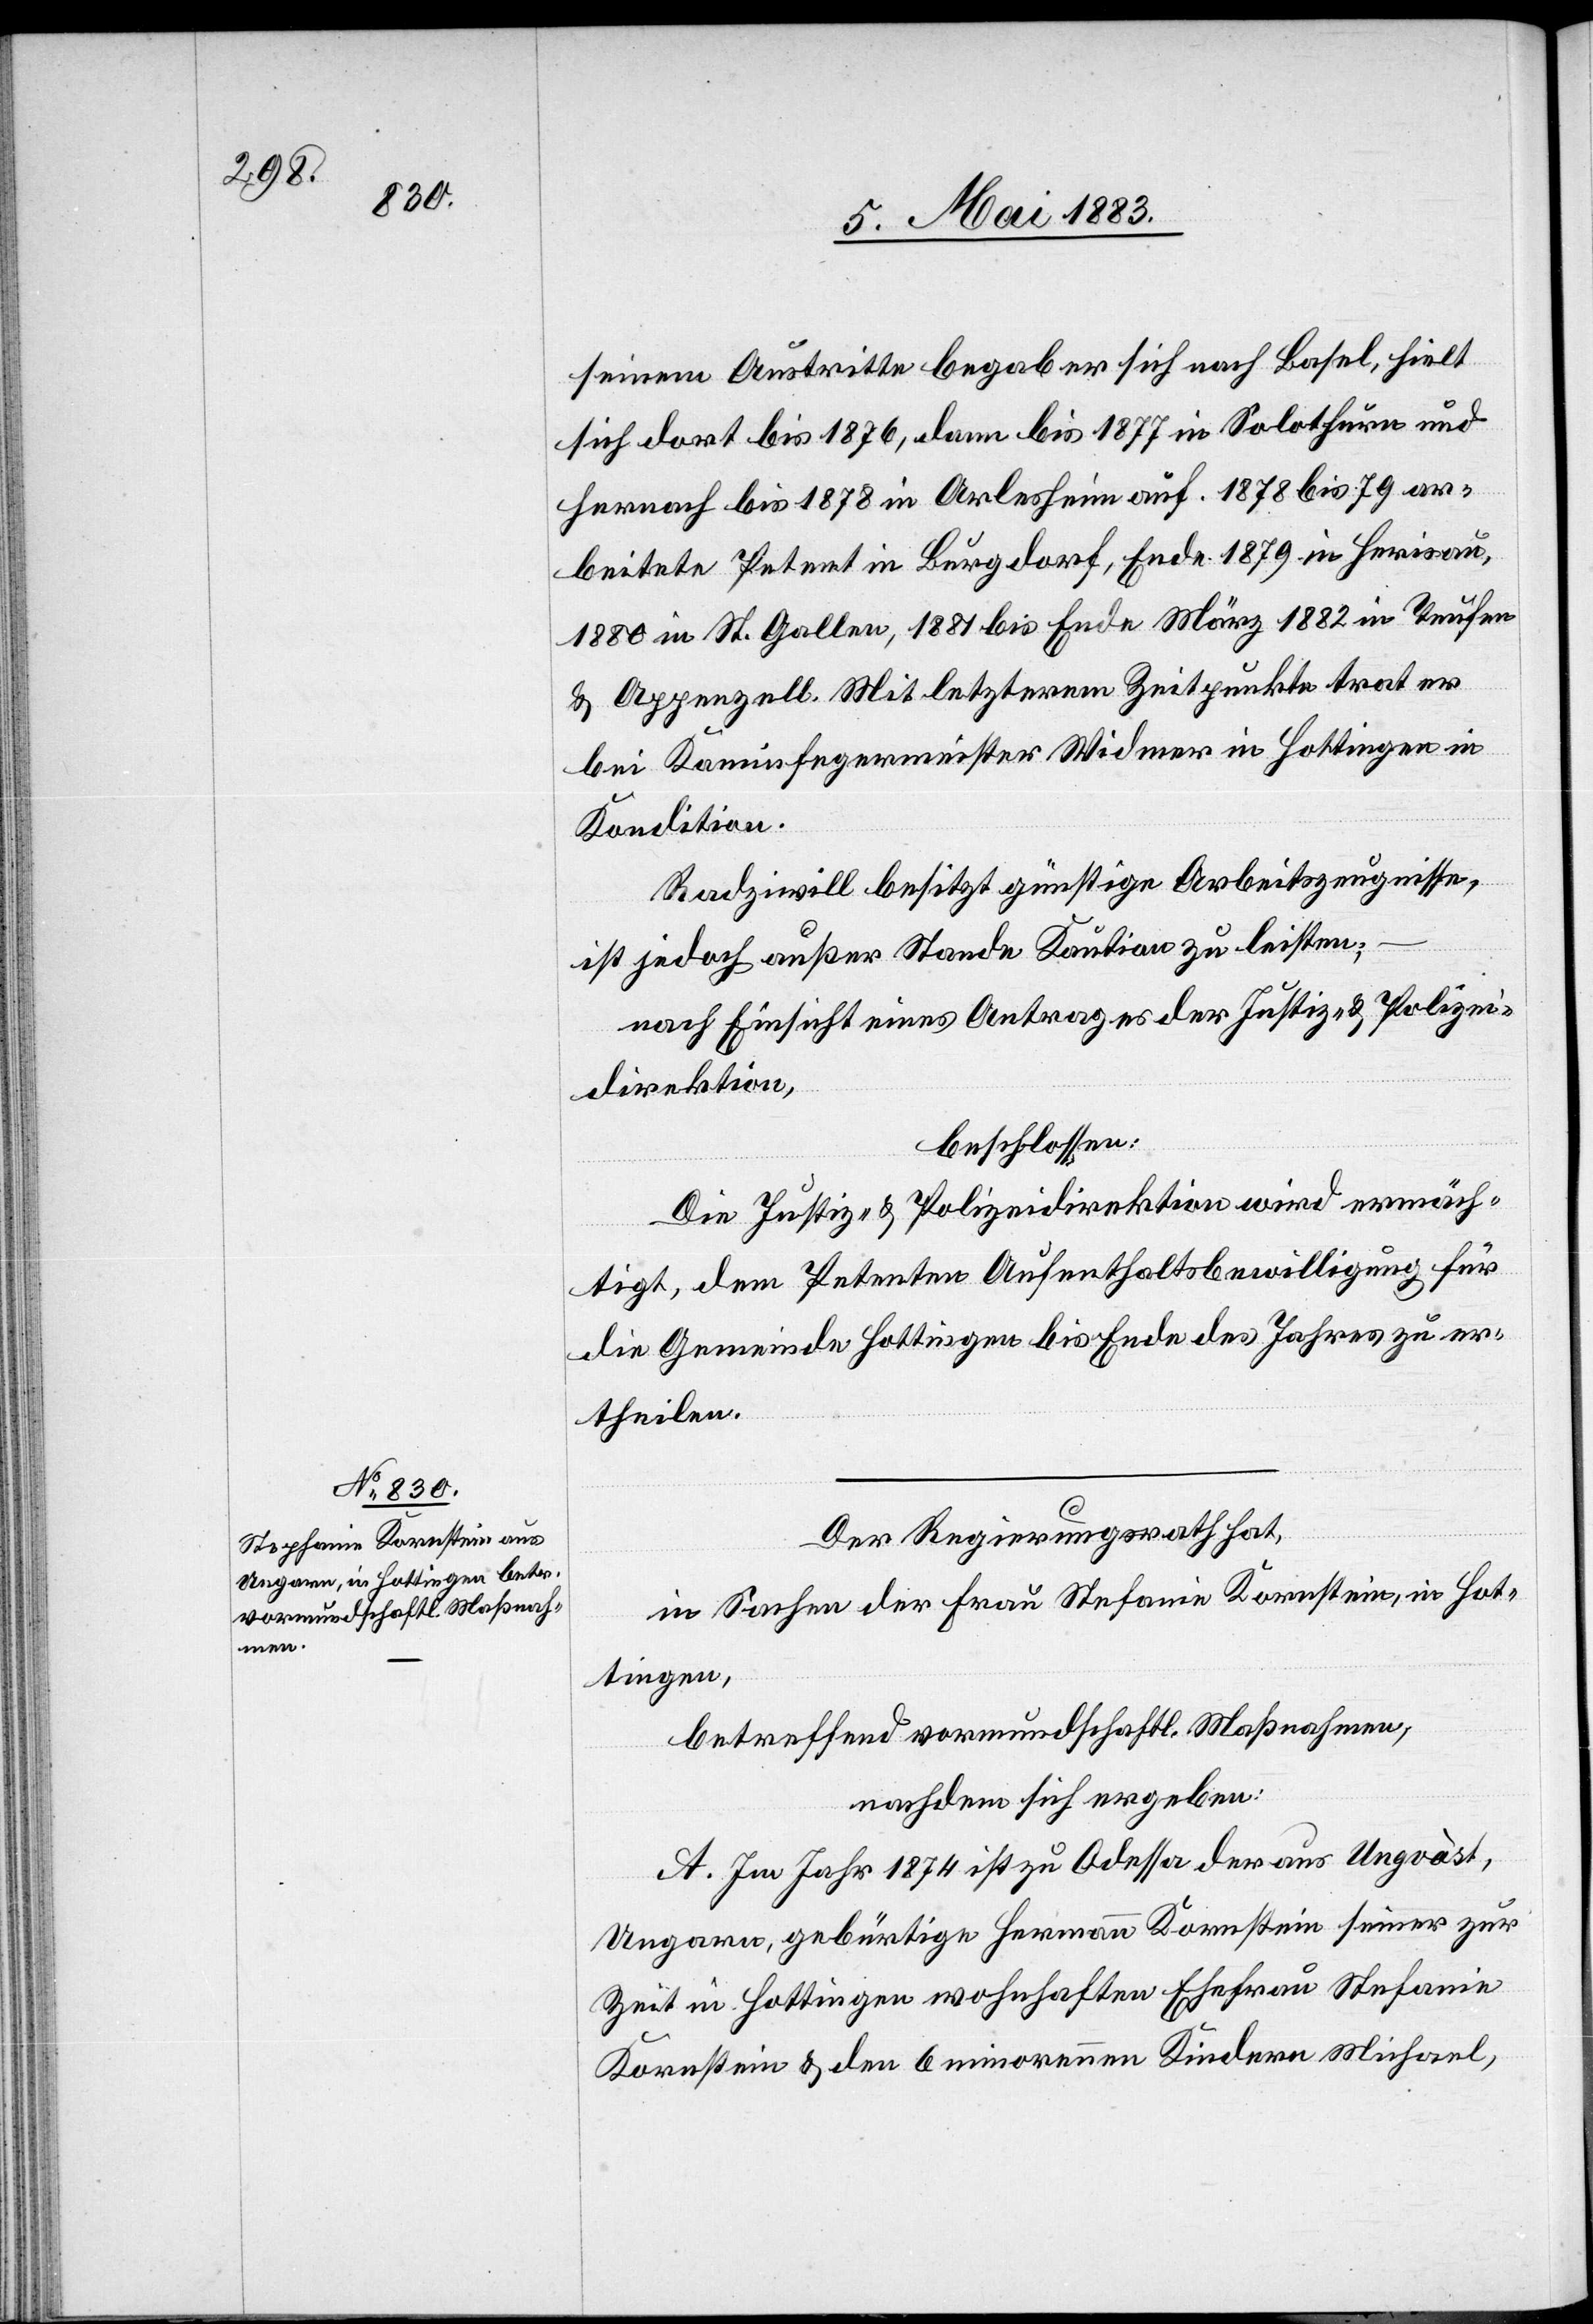
seinem Austritte begab er sich nach Basel, hielt
sich dort bis 1876, dann bis 1877 in Solothurn und
hernach bis 1878 in Arlesheim auf. 1878 bis 79 ar¬
beitete Petent in Burgdorf, Ende 1879 in Herisau,
1880 in St. Gallen, 1881 bis Ende März 1882 in Teufen
& Appenzell. Mit letzterem Zeitpunkte trat er
bei Kaminfegermeister Widmer in Hottingen in
Kondition.
Radziwill besitzt günstige Arbeitszeugnisse,
ist jedoch außer Stande Kaution zu leisten;
nach Einsicht eines Antrages der Justiz- & Polizei¬
direktion,
beschlossen:
Die Justiz- & Polizeidirektion wird ermäch¬
tigt, dem Petenten Aufenthaltsbewilligung für
die Gemeinde Hottingen bis Ende des Jahres zu er¬
theilen.
Der Regierungsrath hat,
in Sachen der Frau Stefanie [sic!] Kornstein, in Hot¬
tingen,
betreffend vormundschaftl. Maßnahmen,
nachdem sich ergeben:
A. Im Jahr 1874 ist zu Odessa der aus Ungvàst,
Ungarn, gebürtige Hermann Kornstein seiner zur
Zeit in Hottingen wohnhaften Ehefrau Stefanie
Kornstein & den 6 minorennen Kindern Michael,